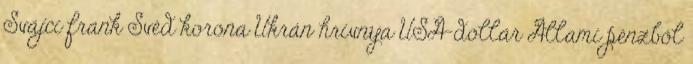
Svájci frank Svéd korona Ukrán hrivnya USA-dollár Állami pénzből